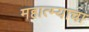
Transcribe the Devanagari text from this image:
महात्म्याचा